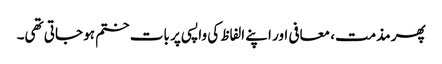
پھر مذمت، معافی اور اپنے الفاظ کی واپسی پر بات ختم ہو جاتی تھی۔